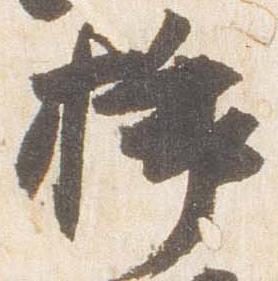
挿